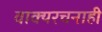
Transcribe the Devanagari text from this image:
वाक्यरचनाही